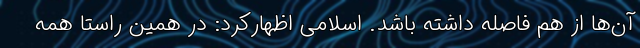
آن‌ها از هم فاصله داشته باشد. اسلامی اظهارکرد: در همین راستا همه